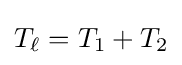
{\textstyle T_{\ell }=T_{1}+T_{2}}